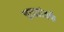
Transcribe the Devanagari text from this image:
चाच्यांतर्फे